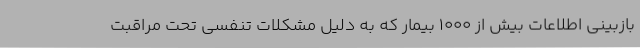
بازبینی اطلاعات بیش از 1000 بیمار که به دلیل مشکلات تنفسی تحت مراقبت